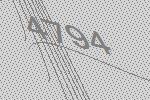
4794